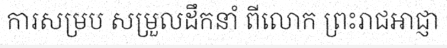
ការសម្រប សម្រួលដឹកនាំ ពីលោក ព្រះរាជអាជ្ញា